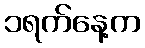
၁ရက်နေ့က